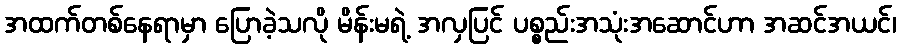
အထက်တစ်နေရာမှာ ပြောခဲ့သလို မိန်းမရဲ့ အလှပြင် ပစ္စည်းအသုံးအဆောင်ဟာ အဆင်အယင်၊